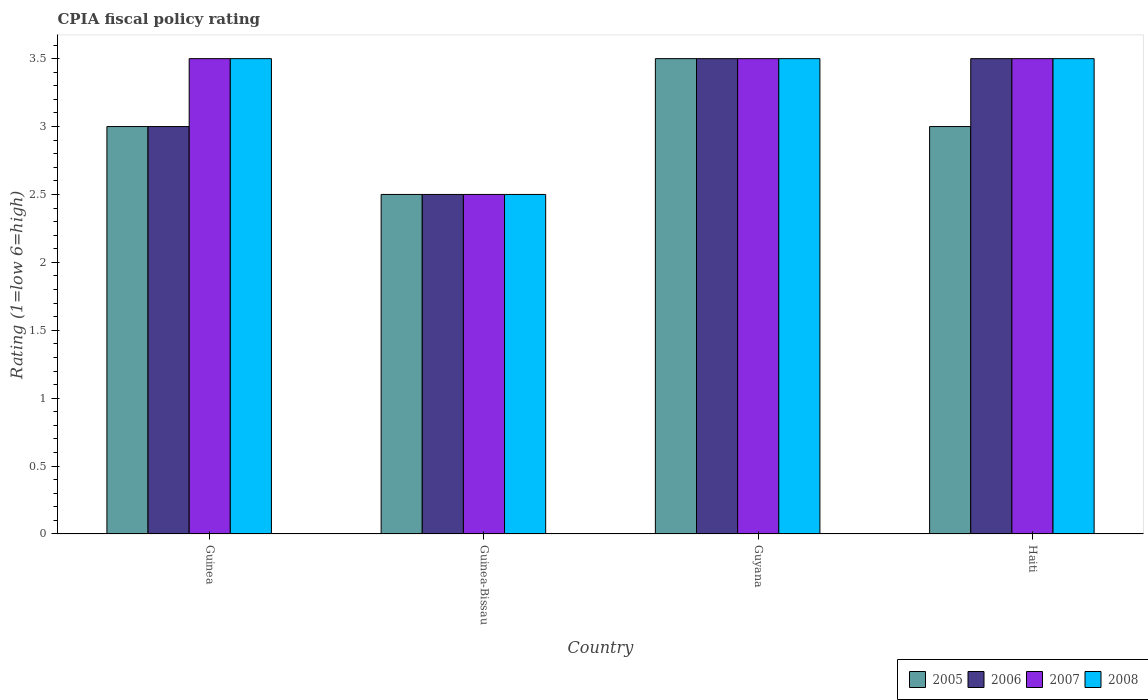
| Country | 2005 | 2006 | 2007 | 2008 |
 | --- | --- | --- | --- | --- |
 | Guinea | 3 | 3 | 3.5 | 3.5 |
 | Guinea-Bissau | 2.5 | 2.5 | 2.5 | 2.5 |
 | Guyana | 3.5 | 3.5 | 3.5 | 3.5 |
 | Haiti | 3 | 3.5 | 3.5 | 3.5 |